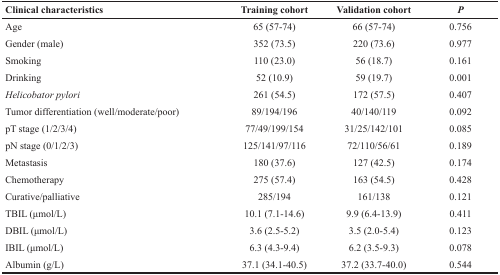
| Clinical characteristics | Training cohort | Validation cohort | P |
 | --- | --- | --- | --- |
 | Age | 65 (57-74) | 66 (57-74) | 0.756 |
 | Gender (male) | 352 (73.5) | 220 (73.6) | 0.977 |
 | Smoking | 110 (23.0) | 56 (18.7) | 0.161 |
 | Drinking | 52 (10.9) | 59 (19.7) | 0.001 |
 | Helicobator pylori | 261 (54.5) | 172 (57.5) | 0.407 |
 | Tumor differentiation (well/moderate/poor) | 89/194/196 | 40/140/119 | 0.092 |
 | pT stage (1/2/3/4) | 77/49/199/154 | 31/25/142/101 | 0.085 |
 | pN stage (0/1/2/3) | 125/141/97/116 | 72/110/56/61 | 0.189 |
 | Metastasis | 180 (37.6) | 127 (42.5) | 0.174 |
 | Chemotherapy | 275 (57.4) | 163 (54.5) | 0.428 |
 | Curative/palliative | 285/194 | 161/138 | 0.121 |
 | TBIL (μmol/L) | 10.1 (7.1-14.6) | 9.9 (6.4-13.9) | 0.411 |
 | DBIL (μmol/L) | 3.6 (2.5-5.2) | 3.5 (2.0-5.4) | 0.123 |
 | IBIL (μmol/L) | 6.3 (4.3-9.4) | 6.2 (3.5-9.3) | 0.078 |
 | Albumin (g/L) | 37.1 (34.1-40.5) | 37.2 (33.7-40.0) | 0.544 |